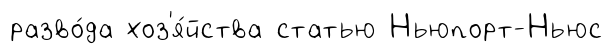
разво́да хоз'я́йства статью Ньюпорт-Ньюс